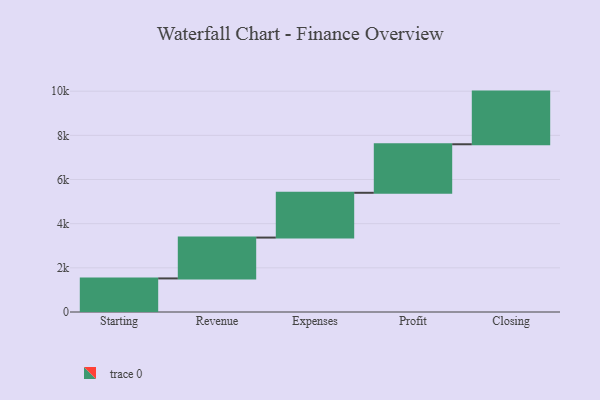
{"axis": {"x": "Step", "y": "Value"}, "legend": [""], "data": [{"x": "Starting", "y": 1521.0, "type": ""}, {"x": "Revenue", "y": 1850.0, "type": ""}, {"x": "Expenses", "y": 2028.0, "type": ""}, {"x": "Profit", "y": 2198.0, "type": ""}, {"x": "Closing", "y": 2385.0, "type": ""}]}